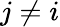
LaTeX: j\ne i